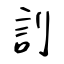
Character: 䚯